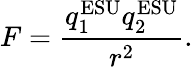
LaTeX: F={\frac{q_{1}^{\mathrm{ESU}}q_{2}^{\mathrm{ESU}}}{r^{2}}}.